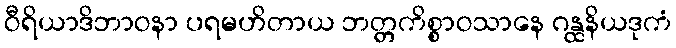
ဝီရိယာဒိဘာဝနာ ပရမဟိတာယ ဘတ္တကိစ္စာဝသာနေ ဂန္ထနိယဒုကံ